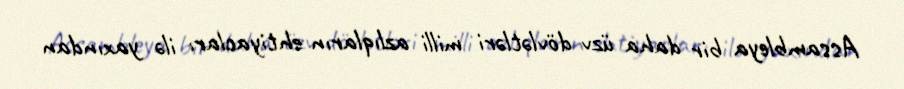
Assambleya bir daha üzv dövlətləri milli azlıqların ehtiyacları ilə yaxından